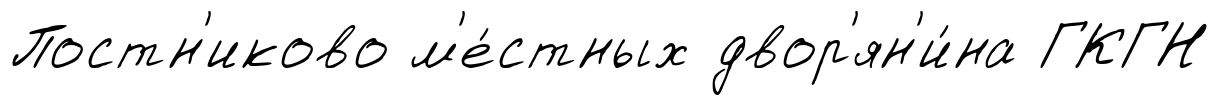
Постн'иково м'е́стных двор'ян'и́на ГКГН